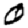
Digit: 0